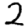
Digit: 2